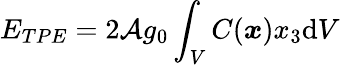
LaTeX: E_{TPE}=2\mathcal{A}g_{0}\int_{V}C(\boldsymbol{x})x_{3}\mathrm{d}V